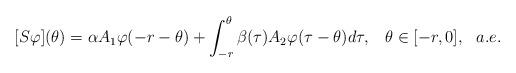
LaTeX: \begin{align*}[S\varphi](\theta) = \alpha A_1\varphi(-r-\theta) +\int^\theta_{-r} \beta(\tau)A_2\varphi(\tau-\theta)d\tau,\,\,\,\,\,\theta\in [-r, 0],\,\,\,\,a.e. \end{align*}